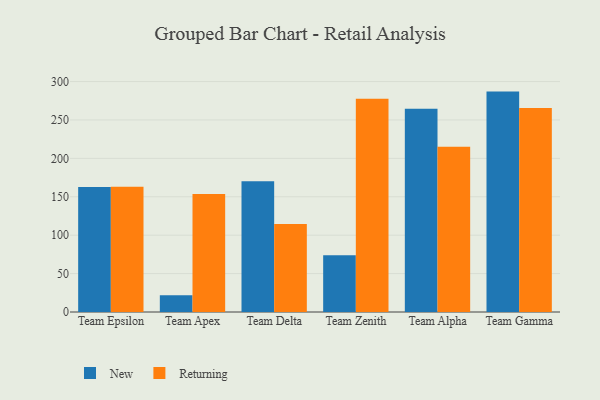
{"axis": {"x": "Team", "y": "Churn Rate (%)"}, "legend": ["New", "Returning"], "data": [{"x": "Team Epsilon", "y": 162.8, "type": "New"}, {"x": "Team Epsilon", "y": 163.2, "type": "Returning"}, {"x": "Team Apex", "y": 21.8, "type": "New"}, {"x": "Team Apex", "y": 153.6, "type": "Returning"}, {"x": "Team Delta", "y": 170.3, "type": "New"}, {"x": "Team Delta", "y": 114.4, "type": "Returning"}, {"x": "Team Zenith", "y": 73.8, "type": "New"}, {"x": "Team Zenith", "y": 277.6, "type": "Returning"}, {"x": "Team Alpha", "y": 264.5, "type": "New"}, {"x": "Team Alpha", "y": 215.1, "type": "Returning"}, {"x": "Team Gamma", "y": 286.9, "type": "New"}, {"x": "Team Gamma", "y": 265.4, "type": "Returning"}]}